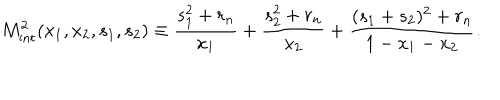
M _ { \mathrm { i n t } } ^ { 2 } ( x _ { 1 } , x _ { 2 } , s _ { 1 } , s _ { 2 } ) \equiv \frac { s _ { 1 } ^ { 2 } + r _ { n } } { x _ { 1 } } + \frac { s _ { 2 } ^ { 2 } + r _ { n } } { x _ { 2 } } + \frac { ( s _ { 1 } + s _ { 2 } ) ^ { 2 } + r _ { n } } { 1 - x _ { 1 } - x _ { 2 } } . \nonumber